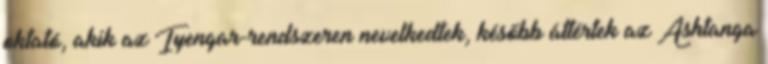
oktató, akik az Iyengar-rendszeren nevelkedtek, később áttértek az Ashtanga